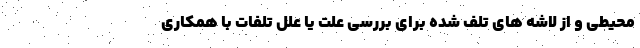
محیطی و از لاشه های تلف شده برای بررسی علت یا علل تلفات با همکاری